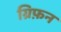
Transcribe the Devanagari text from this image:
ग्रिफ़न